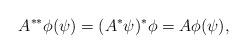
LaTeX: \begin{align*}A^{**}\phi(\psi)=(A^*\psi)^*\phi=A\phi(\psi),\end{align*}